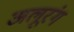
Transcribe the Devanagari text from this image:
अलूरंग